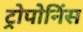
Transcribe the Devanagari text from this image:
ट्रोपोनिंस